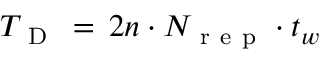
T _ { \mathrm { ~ D ~ } } \, = \, 2 n \cdot N _ { \mathrm { ~ r ~ e ~ p ~ } } \cdot t _ { w }